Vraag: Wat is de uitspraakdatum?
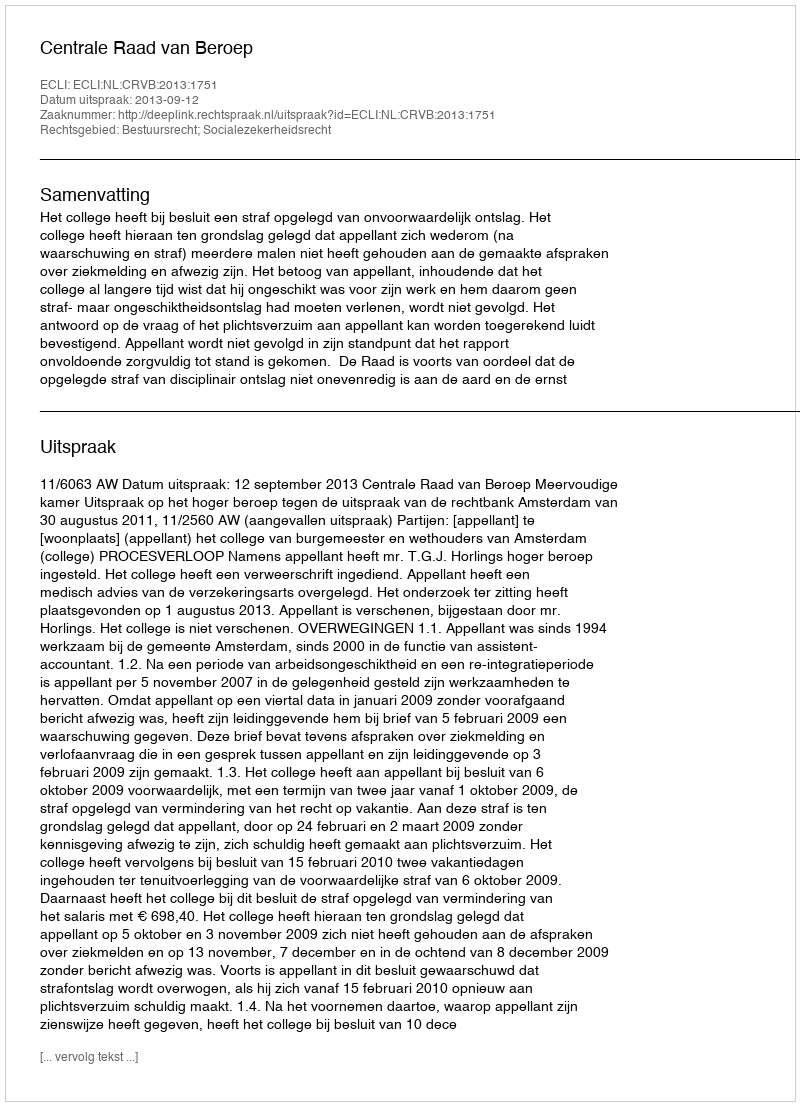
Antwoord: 2013-09-12